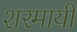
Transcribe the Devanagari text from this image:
शरमायी